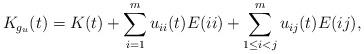
LaTeX: \begin{align*}K_{g_u}(t)=K(t) + \sum_{i=1}^{m}u_{ii}(t)E(ii)+\sum_{1 \leq i<j}^{m}u_{ij}(t)E(ij),\end{align*}